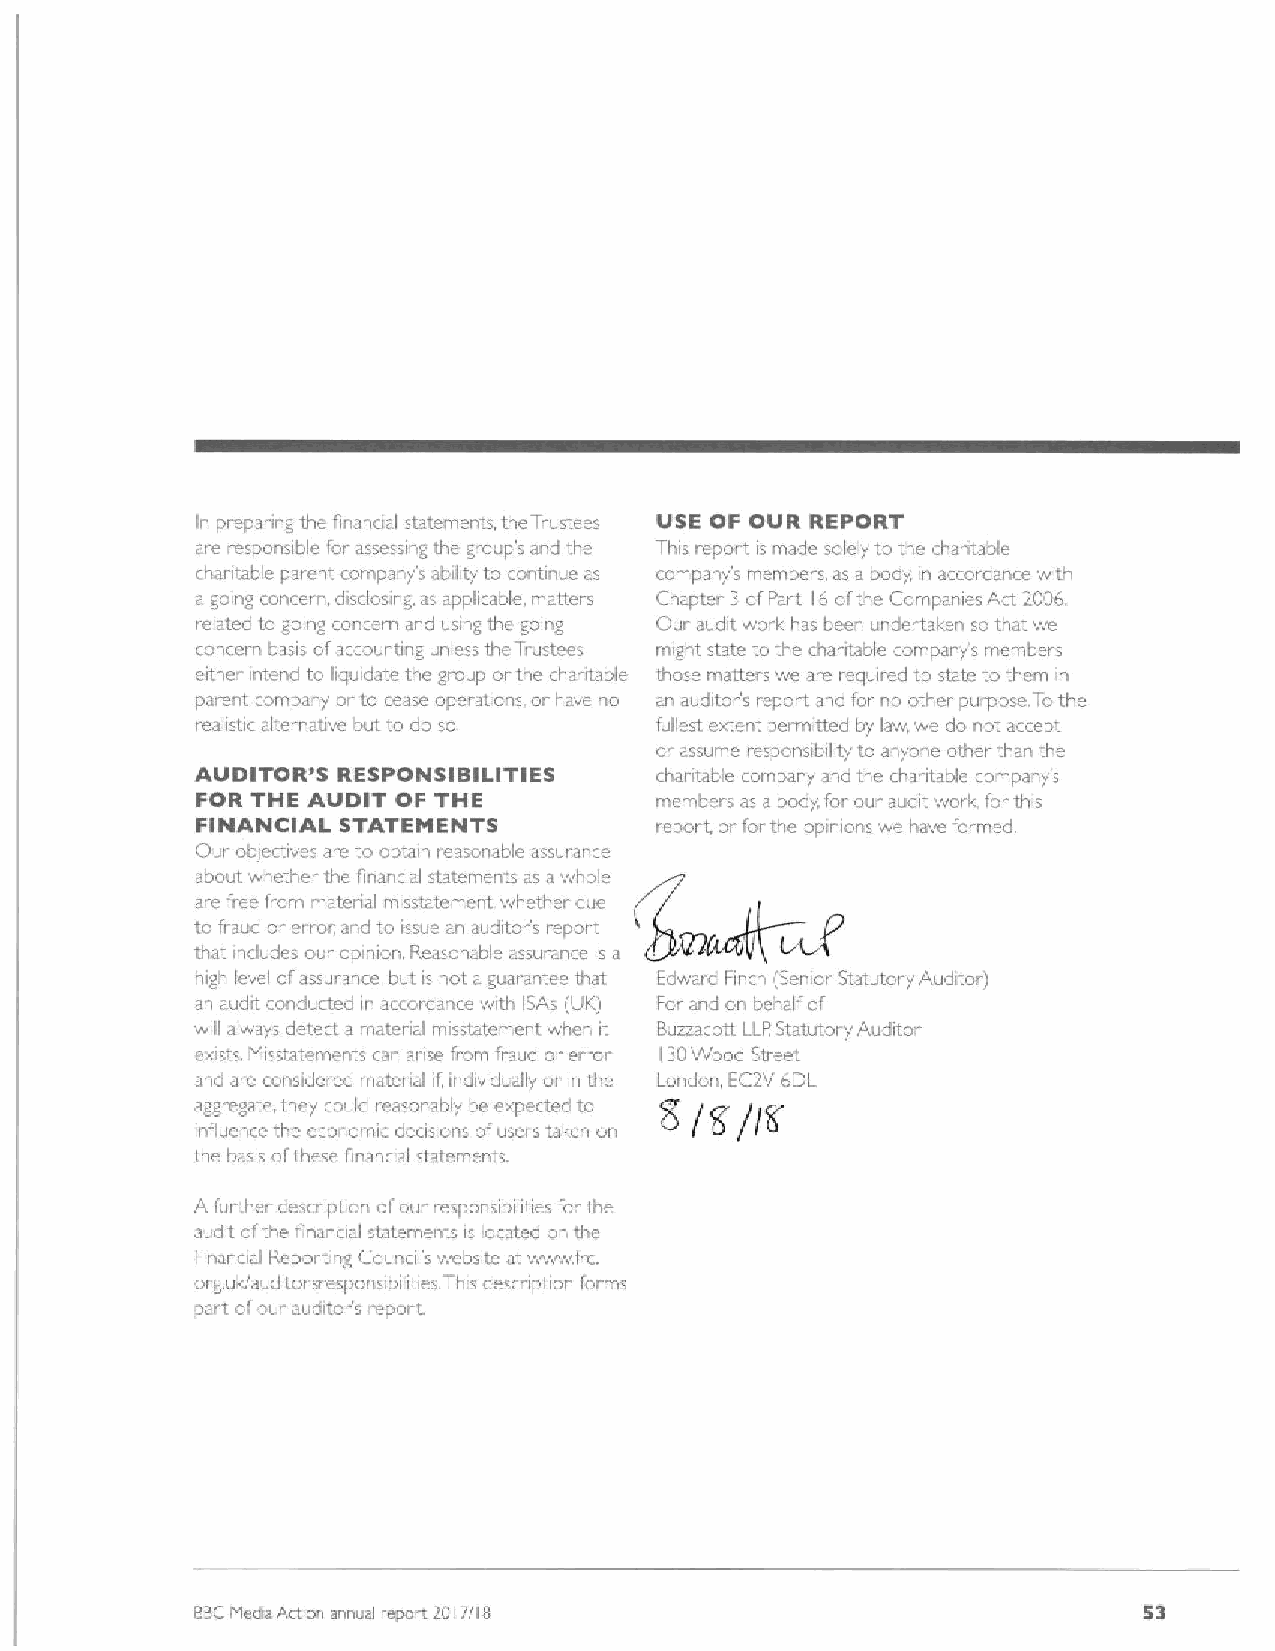
In preparing the financial statements, the Trustees VSE OF OVR REPORT
 are respansible for assessing the group's and tha This repot t is made salely to the chantable
 charitable parent company's ability to continue as company's members, as a body in accordance with
 a going concern disclosing. as applicable. matters Chapter 3ofPart 16 ofthe Campanies Act 2006.
 relaled to going cancem and using tha going Oui audit woil& has been undertaken so that we
 roncarn basis ofaccounting unless the Trustees might state to the chantable company's members
 either intend to liquidate the graup orthe chai.itable those malters we are required to state to them in
 parent company or to cerise operalions, or have no an auditor's report and for no other purpose. Tothe
 realistic altei native but to do so. fullest extent permitted by law we do nct accept
 or assume responsibility to anyone other than the
 AUDITOR'5 RESPONSIBILITIES    chantable company and the cl ai itable rompany's
 FOR THE AUDIT OF THE          members as a body, for our audit work, forthis
 FINANICIAL STATEMENTS         report, or forthe opinions we have formed.
 Our oblcctives are to obtain reasonable assumi ce
 about whether the financi~l statements as awhole
 aie free fiam matenal misstatement whether due
 to fraud or error. and to issue an auditor's report
 that includes our opinion. Reasonable assuran e is a
 high level ofassurance I&ut is not a guarantee that Edward Finch (Senior Statutory Auditor)
 an audit candu&ed in accordance with ISAs (LIK) For and on behalf of
 will always detect a material misstatement when it BuzzacottttLLP.Statutory Auditor
 exists. Misstatements can arise from fraud or error 30'Ayoad Street
 I
 and are considered materi~i if individually or in the London EC2V 6DL
 aggregate, they could reasonably be expected to
 influence the economic decisions ofusers taken on
 the basis ofthese financial statements.
 A further descr iption ofour responsibilities fai the
 audit ol the financial statements is located on tha
 Financial Peporting Cauncil's weLsite at wwwfic.
 org.ulc/auditor sresponsibilities. This desci iption forms
 part olour auagors report.
 BBCMectia Action annual report 2017(l5                         53